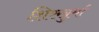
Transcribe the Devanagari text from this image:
शिरखुर्मा